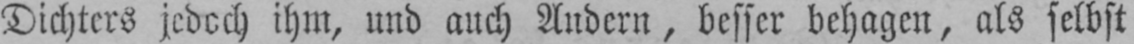
Dichters jedoch ihm, und auch Andern, besser behagen, als selbst